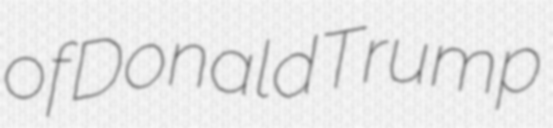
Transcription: of Donald Trump